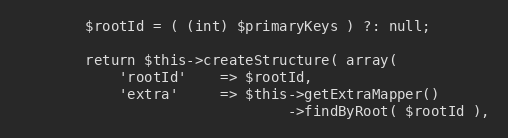
Language: PHP
        $rootId = ( (int) $primaryKeys ) ?: null;

        return $this->createStructure( array(
            'rootId'    => $rootId,
            'extra'     => $this->getExtraMapper()
                                ->findByRoot( $rootId ),